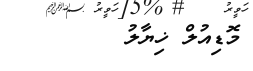
މޮޑިއުލް ޚިޔާލު